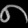
Digit: ၈